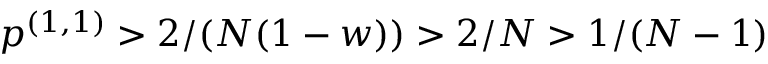
p ^ { ( 1 , 1 ) } > 2 / ( N ( 1 - w ) ) > 2 / N > 1 / ( N - 1 )